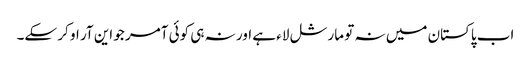
اب پاکستان میں نہ تو مارشل لاء ہے اور نہ ہی کوئی آمر جو این آر او کر سکے۔